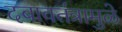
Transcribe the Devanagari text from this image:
दबावतंत्रामुळे